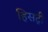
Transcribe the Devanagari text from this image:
हिसट्री